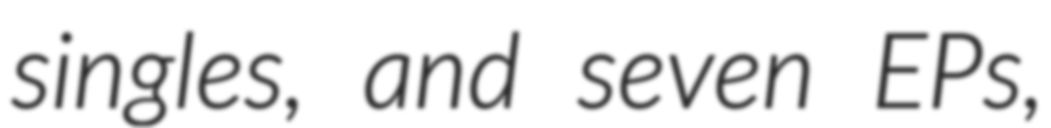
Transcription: singles, and seven EPs,